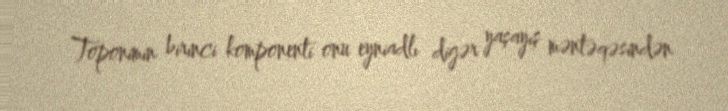
Toponimin birinci komponenti onu eyniadlı digər yaşayış məntəqəsindən